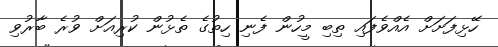
ހޭޅިފަށަށް އެއްވެފައި ތިބި މީހުން ފެނި ހިތުގެ ތެޅުން ކުރިއަށް ވުރެ ބާރުވި